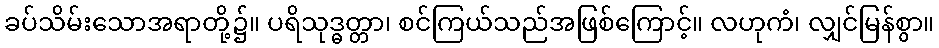
ခပ်သိမ်းသောအရာတို့၌။ ပရိသုဒ္ဓတ္တာ၊ စင်ကြယ်သည်အဖြစ်ကြောင့်။ လဟုကံ၊ လျှင်မြန်စွာ။